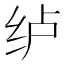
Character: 𮉡